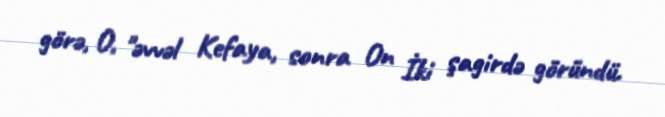
görə, O, "əvvəl Kefaya, sonra On İki şagirdə göründü.